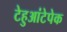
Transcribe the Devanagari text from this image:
टेहुआंटेपेक